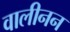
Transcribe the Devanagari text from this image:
वालीनन